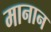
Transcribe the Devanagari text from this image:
मानान